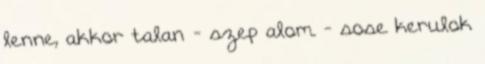
lenne, akkor talan - szep alom - sose kerulok